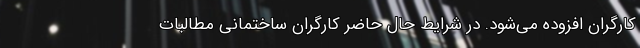
کارگران افزوده می‌شود. در شرایط حال حاضر کارگران ساختمانی مطالبات